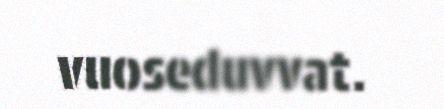
vuoseduvvat.